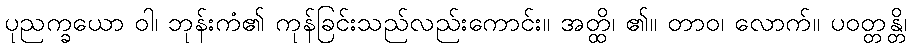
ပုညက္ခယော ဝါ၊ ဘုန်းကံ၏ ကုန်ခြင်းသည်လည်းကောင်း။ အတ္ထိ၊ ၏။ တာဝ၊ လောက်။ ပဝတ္တန္တိ၊